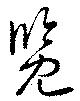
覧